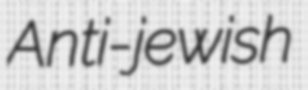
Anti-jewish